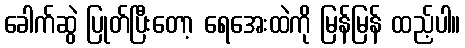
ခေါက်ဆွဲ ပြုတ်ပြီးတော့ ရေအေးထဲကို မြန်မြန် ထည့်ပါ။